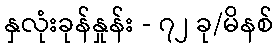
နှလုံးခုန်နှုန်း - ၇၂ ခု/မိနစ်